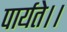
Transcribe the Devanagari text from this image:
पार्यते।।